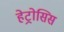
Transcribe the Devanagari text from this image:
हेट्रोसिस